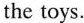
the toys.